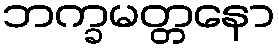
ဘက္ခမတ္တနော